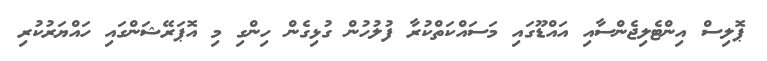
ޕޮލިސް އިންޓެލިޖެންސާއި އައްޑޫގައި މަސައްކަތްކުރާ ފުލުހުން ގުޅިގެން ހިންގި މި އޮޕަރޭޝަންގައި ހައްޔަރުކުރި